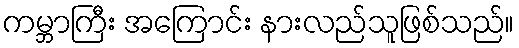
ကမ္ဘာကြီး အကြောင်း နားလည်သူဖြစ်သည်။